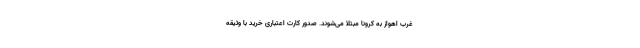
غرب اهواز به کرونا مبتلا می‌شوند. صدور کارت اعتباری خرید با وثیقه